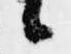
候